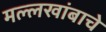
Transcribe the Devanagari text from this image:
मल्लखांबाचे